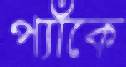
প্যাঁকে